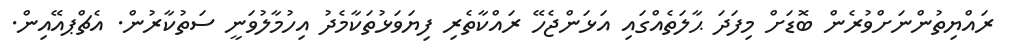
ރައްޔިތުންނަށްވުރެން ބޮޑަށް މިފަދަ ޙާލަތެއްގައި އަޅަންޖެހޭ ރައްކާތެރި ފިޔަވަޅުތަކާމެދު އިހުމާލުވަނީ ސަތުކާރުން. އެޗްޕއޭއިން.